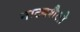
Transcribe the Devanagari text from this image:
नाट्यशैली